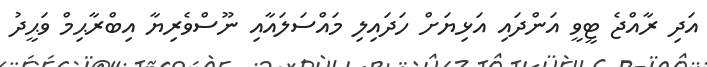
އަދި ރާއްޖެ ޓީވީ އަންދައި އަޅިޔަށް ހަދައިލި މައްސަލައާއި ނޫސްވެރިޔާ އިބްރާޙިމް ވަޙީދު